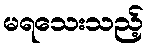
မရသေးသည့်